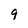
Character: 9